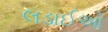
લડાઈઓ